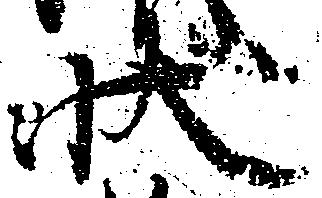
状